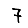
Digit: 7